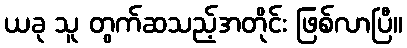
ယခု သူ တွက်ဆသည့်အတိုင်း ဖြစ်လာပြီ။